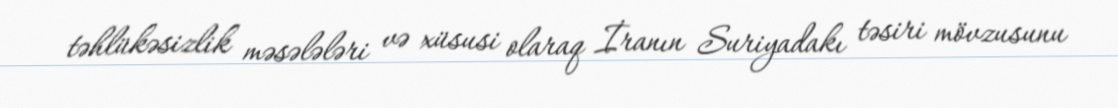
təhlükəsizlik məsələləri və xüsusi olaraq İranın Suriyadakı təsiri mövzusunu